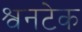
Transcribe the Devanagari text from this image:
श्वनटेक